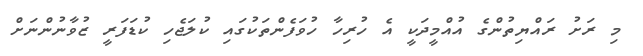
މި ރަށު ރައްޔިތުންގެ އުއްމީދަކީ އެ ހުރިހާ ހުވަފެންތަކުގައި ކުލަޖެހި ކުޑަފަރީ ޒުވާނުންނަށް